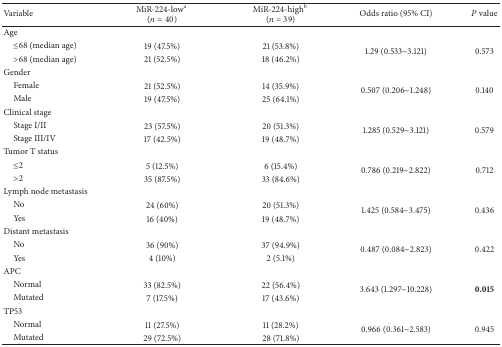
| Variable | MiR-224-lowa (n = 40) | MiR-224-highb (n = 39) | Odds ratio (95% CI) | P value |
 | --- | --- | --- | --- | --- |
 | Age |  |  |  |  |
 | ≤68 (median age) | 19 (47.5%) | 21 (53.8%) | <ROWSPAN=2> 1.29 (0.533~3.121) | <ROWSPAN=2> 0.573 |
 | >68 (median age) | 21 (52.5%) | 18 (46.2%) |
 | Gender |  |  |  |  |
 | Female | 21 (52.5%) | 14 (35.9%) | <ROWSPAN=2> 0.507 (0.206~1.248) | <ROWSPAN=2> 0.140 |
 | Male | 19 (47.5%) | 25 (64.1%) |
 | Clinical stage |  |  |  |  |
 | Stage I/II | 23 (57.5%) | 20 (51.3%) | <ROWSPAN=2> 1.285 (0.529~3.121) | <ROWSPAN=2> 0.579 |
 | Stage III/IV | 17 (42.5%) | 19 (48.7%) |
 | Tumor T status |  |  |  |  |
 | ≤2 | 5 (12.5%) | 6 (15.4%) | <ROWSPAN=2> 0.786 (0.219~2.822) | <ROWSPAN=2> 0.712 |
 | >2 | 35 (87.5%) | 33 (84.6%) |
 | Lymph node metastasis |  |  |  |  |
 | No | 24 (60%) | 20 (51.3%) | <ROWSPAN=2> 1.425 (0.584~3.475) | <ROWSPAN=2> 0.436 |
 | Yes | 16 (40%) | 19 (48.7%) |
 | Distant metastasis |  |  |  |  |
 | No | 36 (90%) | 37 (94.9%) | <ROWSPAN=2> 0.487 (0.084~2.823) | <ROWSPAN=2> 0.422 |
 | Yes | 4 (10%) | 2 (5.1%) |
 | APC |  |  |  |  |
 | Normal | 33 (82.5%) | 22 (56.4%) | <ROWSPAN=2> 3.643 (1.297~10.228) | <ROWSPAN=2> 0.015 |
 | Mutated | 7 (17.5%) | 17 (43.6%) |
 | TP53 |  |  |  |  |
 | Normal | 11 (27.5%) | 11 (28.2%) | <ROWSPAN=2> 0.966 (0.361~2.583) | <ROWSPAN=2> 0.945 |
 | Mutated | 29 (72.5%) | 28 (71.8%) |